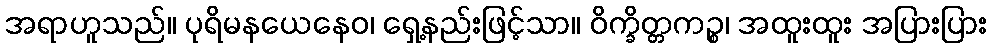
အရာဟူသည်။ ပုရိမနယေနေဝ၊ ရှေ့နည်းဖြင့်သာ။ ဝိက္ခိတ္တကဉ္စ၊ အထူးထူး အပြားပြား